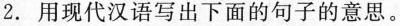
2.用现代汉语写出下面的句子的意思。